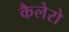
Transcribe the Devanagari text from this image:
कैलेरो